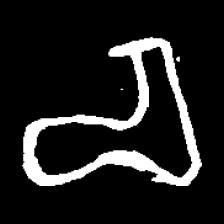
Pyu character \u2014 Myanmar letter: စ (romanized: ca)